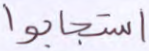
استجابوا